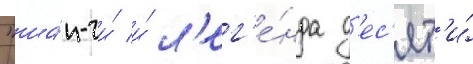
"ша́н-чи́ и́ л'ег'е́нда д'ес'ят'и́